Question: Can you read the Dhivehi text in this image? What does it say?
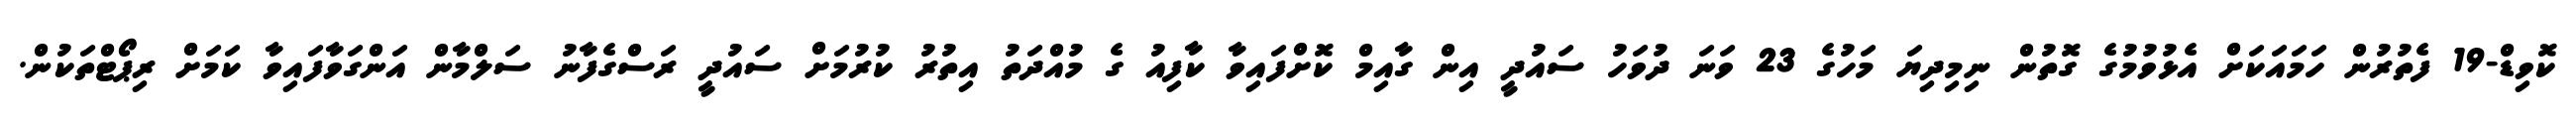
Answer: ކޮވިޑް-19 ފެތުރުން ހަމައަކަށް އެޅުވުމުގެ ގޮތުން ނިމިދިޔަ މަހުގެ 23 ވަނަ ދުވަހު ސައުދީ އިން ގާއިމް ކޮށްފައިވާ ކާފިއު ގެ މުއްދަތު އިތުރު ކުރުމަށް ސައުދީ ރަސްގެފާނު ސަލްމާން އަންގަވާފައިވާ ކަމަށް ރިޕޯޓްތަކުން.